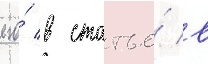
его́ в статье́ в